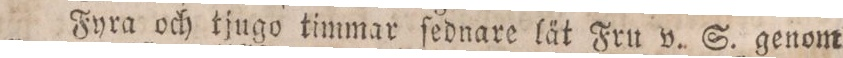
Fyra och tjugo timmar ſednare lät Fru v. S. genom